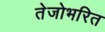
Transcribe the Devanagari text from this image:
तेजोभरित